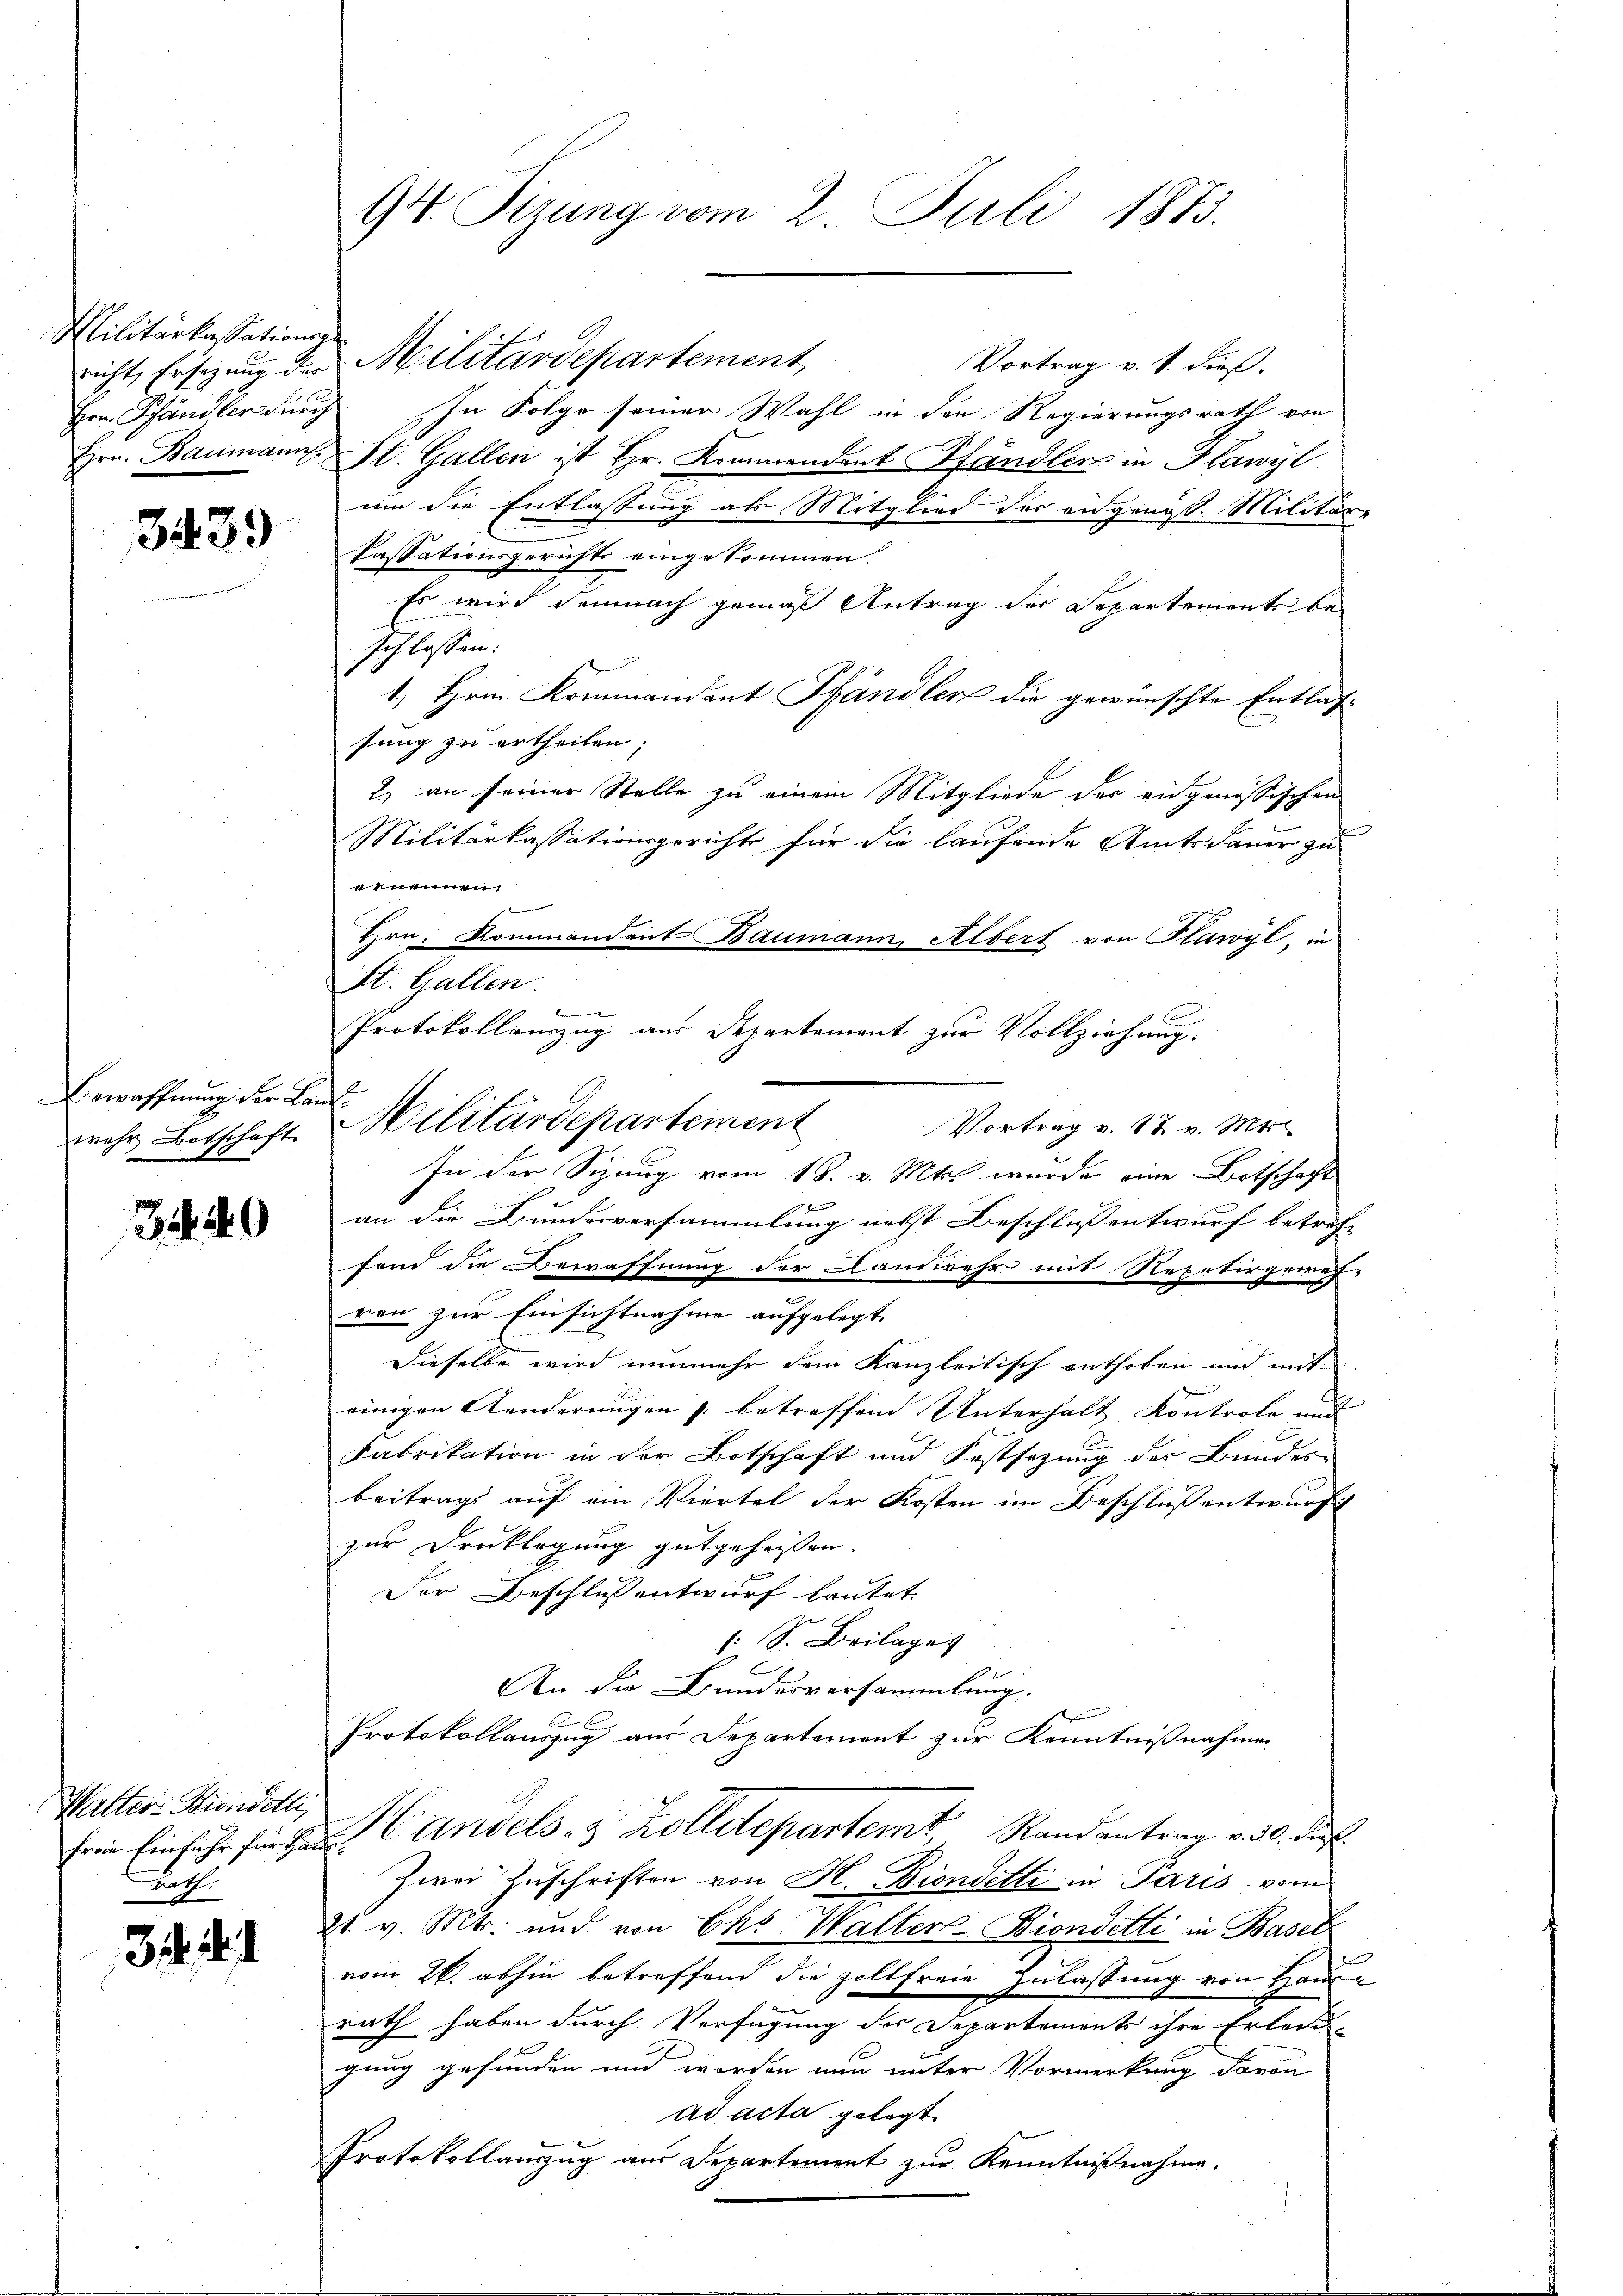
Militarkassationsge
Hrn Khändler durch

3439

Bewaffnung der Lan¬

354. 39

Watter-Biendetti,
ath

324.

richt Ersezung der Militärdepartement,
Vortrag v. 1. dieß.
In Folge seiner Wahl in den Regierungsrath von
Hrn. Baumann St. Gallen ist Hr. Kommendant Pfändler in Plawyl
um die Entlassung als Mitglied der eidgenöß. Militäre
Cassationsgerichts eingekommen.
Es wird demnach gemäß Antrag der Departements beschlossen:
1. Hrn. Kommandant Pfändler die gewünschte Entlas
sung zu ertheilen;
2.) an seiner Stelle zu einem Mitgliede der eidgenössischen
Militärkassationsgerichts für die laufende Amtsdauer zu
ernennen,
Hrn. Kommandant Baumann Albert von Plawyl, in
St. Gallen.
Vortrag v. 18. v. Mts.
In der Sizung vom 18. v. Mts. wurde eine Botschaft
an die Bundesversammlung nebst Beschlussentwurf betreffond die Bewaffnung der Landwehr mit Repetirgewes
ren zur Einsichtnahme aufgelegt
Dieselbe wird nunmehr dem Kanzleitisch enthoben und mit-
einigen Aenderungen s. betreffend Unterhalt Kontrole und
Fabrikation in der Botschaft und Festsezung des Bundes-
beitrags auf ein Viertel der Kosten im Beschluß entwurf
zur Drucklegung gutgeheissen.
Der Beschluß entwurf lautet,
1 S. Beilages
An die Bundesversammlung.
Protokollauszug aus Departement zur Kenntnißnahmen
frine Einführ für das Andels- & Zolldepartem Randantrag v. 30. des
Zwei Zuschriften von H. Bindetti in Paris vom
21. v. Mts. und von Eks Walter-Biondetti in Basel
vom 26. abhin betreffend die Zollfreie Zulassung von Hausrath haben durch Verfügung der Departements ihre Erleid-
gung gefunden und worden nun unter Vormerkung davon
ad acta gelegt.
Protokollauszug aus Departement zur Kenntnißnahme.

94. Sizung vom 2. Juli 1873.

wehr Botschaft. Militärdepartement

Protokollauszug aus Departement zur Vollziehung.